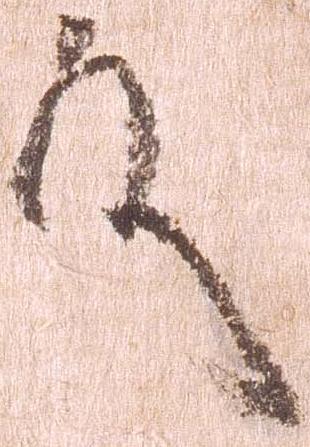
殿